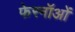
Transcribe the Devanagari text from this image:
फेरनॉओं